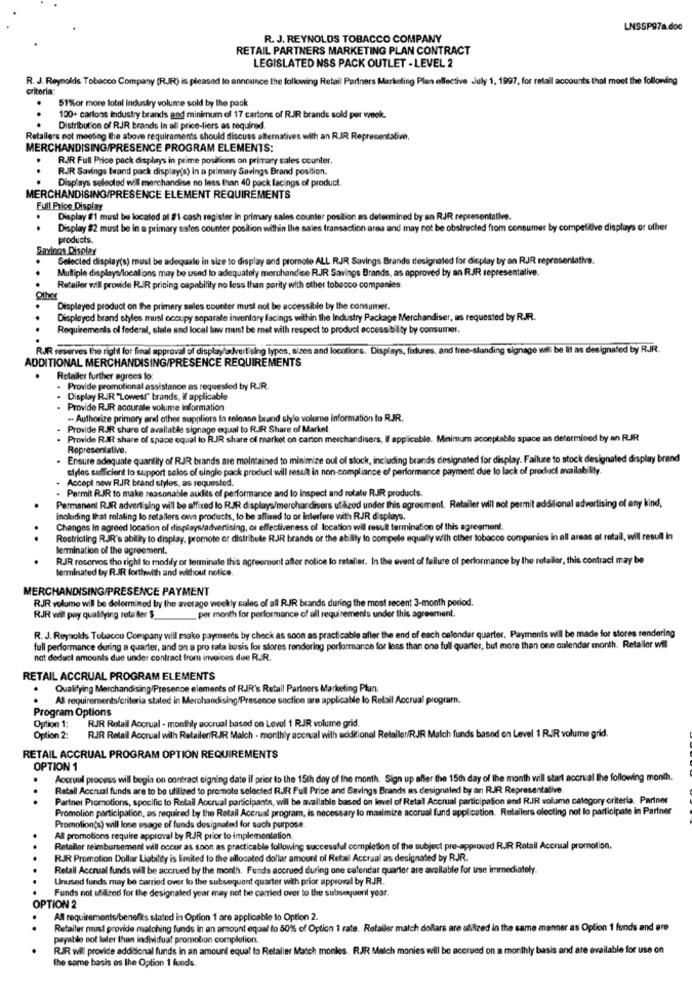
LNSSP97a.doo
R. J. REYNOLDS TOBACCO COMPANY
RETAIL PARTNERS MARKETING PLAN CONTRACT
LEGISLATED NSS PACK OUTLET - LEVEL 2
R. J. Reynolds Tobacco Company (RJR) is pleased to announce the following Retail Partners Marketing Plan effective July 1, 1997, for retail accounts thal meet the following
criteria:
51%or more total industry volunte sold by the pack
100+ carlons industry brands and minimum of 17 cartons of RIR brands sold per week.
Distribution of RJR brands In all price-liers as required.
Retailers not meeting the above requirements should discuss alternatives with an RIR Representative.
MERCHANDISING/PRESENCE PROGRAM ELEMENTS:
RJJR Full Price pack displays in prime positions on primary sales counter.
RJR Savings brand pack display(s) in a primary Savings Brand position.
Displays solooled will merchandise no less than 40 pack lacings of product.
MERCHANDISING/PRESENCE ELEMENT REQUIREMENTS
Full Price Display
.
Display 1 must be located at 1 cash register in primary sales counter position as determined by an RJR representative.
.
Display #2 must be in a primary sales counter posilion within the sales transaction area and may not be obstructed from consumer by competitive displays or other
products.
Sayloos Display
Selecled display(s) must be adequale in size to display and promote ALL RJR Savings Brands designated for display by an RJR representative.
Mulliple displays/localions may be used to adequately merchandise RJR Savings Brands, as approved by an RIR representalive.
Retailer will provide RIR pricing capability no less than parity with other tobacco companies.
Displayed product on the primary sales counter must not be accessible by the consumer.
Displayed brand shyles mursl occupy separate inventory facings within the Industry Package Merchandiser, as requested by RJR.
Requirements of federal, state and local law must be met with respect to product accessibility by consumer.
RJR reserves the right for final approval of displayadvertising lypos, sizes and locations. Displays, fixtures, and free-standing signage wil be lit as designated by RJJR.
ADDITIONAL MERCHANDISING/PRESENCE REQUIREMENTS
Retailer further agrees to:
Provide promotional assistance as requested by R.JR.
Display RJR "Lowest" brands, if applicable
Provide RJR accurate volume Information
- Authorize primary and other suppliers lo release brand slyle volume information to RJR.
Provide RJR share of avallatle signage equal to RIR Share of Market.
Provide RJR share of space equal to R.IR share of market on carton merchandisers, If applicable. Minimum acceptable space as determined by an RJR
Representative.
Ensure adequate quantity of RJR brands are maintained to minimize oul of slock, including brands designated for display. Failure to stock designated dis
y brand
styles sufficient to support selos of single pack produci will result in non-compliance of performance payment due to lack of product availability.
Accepl now RJR brand styles, as requested.
Permit RJR to make reasonable audits of performance and to inspect and rotate RJR products.
Permanent RJR advertising will be affixed lo RJR displays/merchandisers utilized under this agreement. Retailer will not permit additional advertising of any kind,
including that relating lo retailers own products, to be affixed to or interfere with RJR displays.
Changes in agreed location of displays/advertising, or effectiveness of location will result termination of this agreement.
. ..
Restricting RJR's ability to display, promote or distribute RJR brands or the ability to compete equally wilh cther tobacco companies in all areas ot retail, will resull in
Termination of the agreement.
.
RJR reserves the right to modify or terminate this agreement after notice lo refaller. In the event of failure of performance by the retailor, this contract may be
terminated by RJR forthwith and without notice.
MERCHANDISING/PRESENCE PAYMENT
RJR volume will be determined by the average weekly sales of all RJR brands during the most recent 3-month period.
RJR wil pay qualifying retailer $_
per month for performance of all requirements under this agreement.
R. J. Reynolds Tobacco Company will make payments by check as soon as practicable after the end of each calendar quarter. Payments will be made for stores rendering
full performance during a quarter, and on a pro rata basis for stores rendering porformance for less than one full quarter, but more than one calendar month. Retailer wil
not deduct amounts due under contract from invoices due RJR.
RETAIL ACCRUAL PROGRAM ELEMENTS
Qualifying Merchandising Presence elements of RJR's Retail Partners Marketing Plan.
Al requirements/criteria stated in Merchandising/Presence section are applicable lo Retail Accrual programn.
Program Options
Option 1: RJR Retail Accrual - monthly accrual based on Level 1 RJR volume grid.
Option 2:
RJR Retail Accrual wilh Retailer/RJR Malch - monthly accrual with additional Retailer/RJR Malch funds based on Level 1 RIR volume grid.
RETAIL ACCRUAL PROGRAM OPTION REQUIREMENTS
OPTION 1
Accrual process will begin on contract signing date il prior to the 15th day of the month. Sign up after the 15th day of the month will start accrual the following month.
Retail Accrual funds are to be utilized to promote selected RJR Full Price and Savings Brands as designaled by an RJR. Representative.
.
..
Partner Promotions, specific to Retail Accrual participants, will be available based on level of Retal Accrual participation and R.JR volume category criteria. Partner
Promolion participation, as required by the Retail Accrual program, is necessary to maximize acorual fund application. Retailers electing not lo participate in Partner
Promotion(s) will lose usage of funds designated for such purpose
All promotions require approval by RJR prior to implementation.
Retailer reimbursement will occur as soon as practicable following successful completion of the subject pre-approved RJR Retail Accrual promotion.
RJR. Promotion Dollar Liability is limited to the allocated dollar amount of Retail Accrual as designated by RJJR.
Retail Accrual funds will be accrued by the month. Funds accrued during one calendar quarter are available for use immediately.
Unused funds may be carried over to the subsequent quarter with prior approval by RJJR.
Funds not ufred for the designated year may not be carried over to the subsequent year.
OPTION 2
All requirements/benefits stated in Option 1 are applicable to Option 2.
Retailer must provide matching funds in an amount equal to 50% of Option 1 rate. Refaller match dollars are utilized in the same manner as Option 1 funds and ere
payable not later than individuat promotion completion.
RJR will provide additional funds In an amount equal to Retailer Match monles. RJR Malch monies will be accrued on a monthly basis and are available for use on
the some basis es the Option 1 funds.